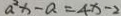
a ^ { 2 } x - a = 4 x - 2